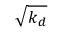
\sqrt { k _ { d } }